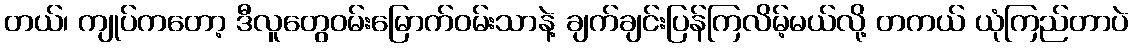
တယ်၊ ကျုပ်ကတော့ ဒီလူတွေဝမ်းမြောက်ဝမ်းသာနဲ့ ချက်ချင်းပြန်ကြလိမ့်မယ်လို့ တကယ် ယုံကြည်တာပဲ